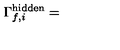
\Gamma _ { f , i } ^ { \mathrm { h i d d e n } } =